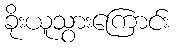
ခိုးယူသွားကြောင်း